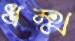
ধম্ম